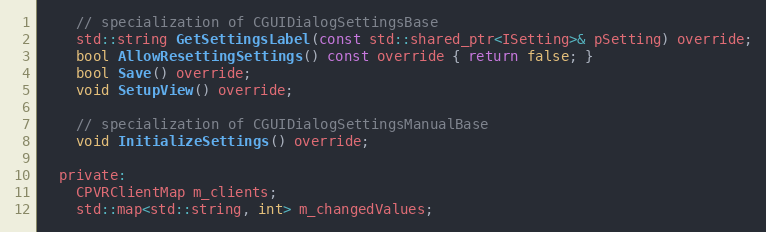
Language: C
    // specialization of CGUIDialogSettingsBase
    std::string GetSettingsLabel(const std::shared_ptr<ISetting>& pSetting) override;
    bool AllowResettingSettings() const override { return false; }
    bool Save() override;
    void SetupView() override;

    // specialization of CGUIDialogSettingsManualBase
    void InitializeSettings() override;

  private:
    CPVRClientMap m_clients;
    std::map<std::string, int> m_changedValues;